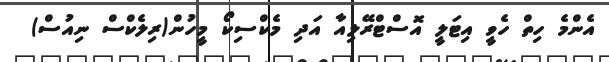
އެންމެ ހިތް ހެވީ އިޓަލީ އޮސްޓްރޭލިއާ އަދި މެކްސިކޯ މީހުން(ރިލެކްސް ނިއުސް)